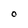
Character: O